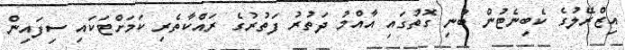
އިޒްރޭލުގެ ކެބިނެޓުން ބުނި ގޮތުގައި އާއްމު ދަތުރު ފަތުރުގެ ރައްކާތެރި ކަމަށްޓަކައި ސިފައިން